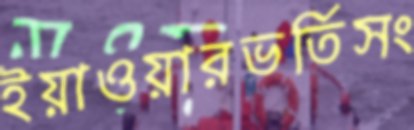
ইয়াওয়ারভর্তিসং